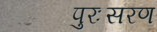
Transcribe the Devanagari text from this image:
पुरःसरण